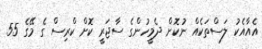
އެއާއެކު ލަސްތަކެއް ނުކޮށް ދެމީހުންގެ ސާޖަރީ ކޮށް ކްރިސް ގެ މޭގެ 55